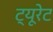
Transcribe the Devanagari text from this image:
ट्यूरेट